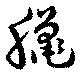
臈